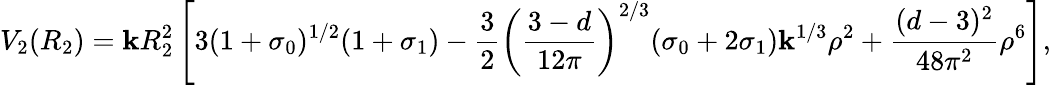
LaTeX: V_{2}(R_{2})=\mathbf{k}R_{2}^{2}\left[3(1+\sigma_{0})^{1/2}(1+\sigma_{1})-\frac{{3}}{{2}}\left(\frac{{3-d}}{{12\pi}}\right)^{2/3}(\sigma_{0}+2\sigma_{1})\mathbf{k}^{1/3}\rho^{2}+\frac{{(d-3)^{2}}}{{48\pi^{2}}}\rho^{6}\right],